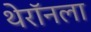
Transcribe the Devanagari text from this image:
थेरॉनला